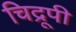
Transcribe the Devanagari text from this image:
चिद्रूपी